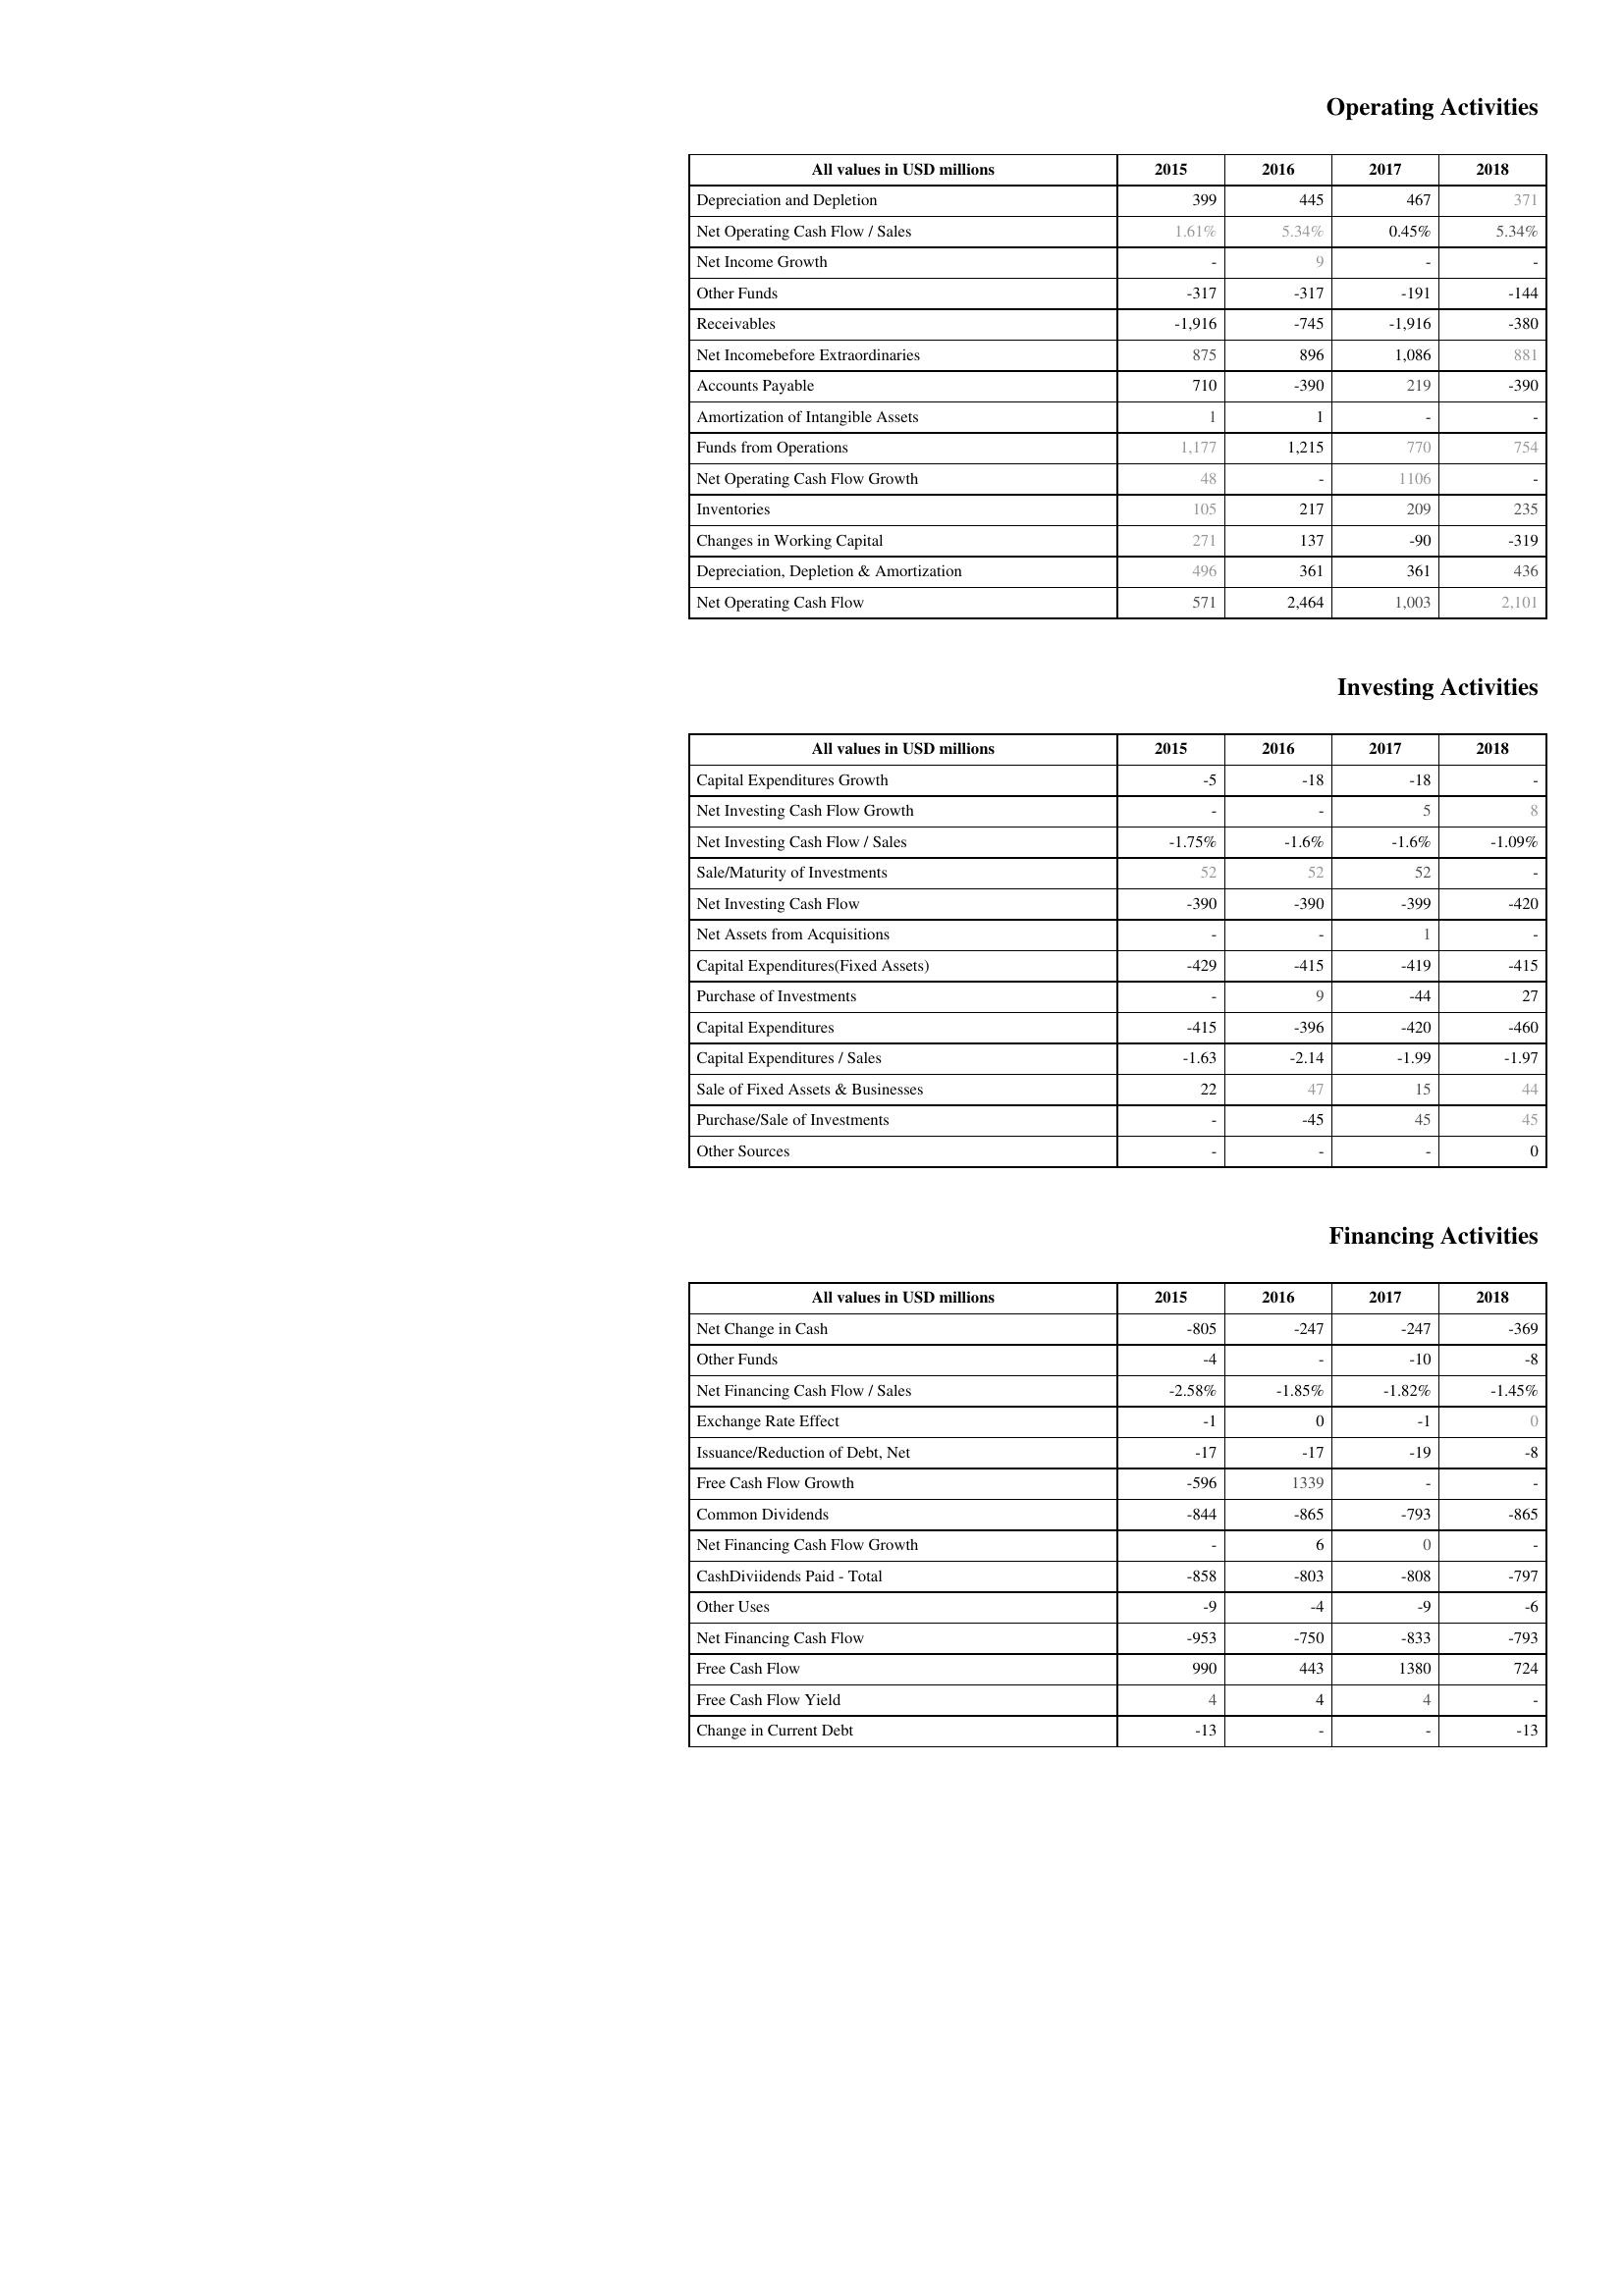
2015: Operating Activities: Depreciation and Depletion: 399
Net Operating Cash Flow / Sales: 1.61%
Net Income Growth: -
Other Funds: -317
Receivables: -1,916
Net Incomebefore Extraordinaries: 875
Accounts Payable: 710
Amortization of Intangible Assets: 1
Funds from Operations: 1,177
Net Operating Cash Flow Growth: 48
Inventories: 105
Changes in Working Capital: 271
Depreciation, Depletion & Amortization: 496
Net Operating Cash Flow: 571
Investing Activities: Capital Expenditures Growth: -5
Net Investing Cash Flow Growth: -
Net Investing Cash Flow / Sales: -1.75%
Sale/Maturity of Investments: 52
Net Investing Cash Flow: -390
Net Assets from Acquisitions: -
Capital Expenditures(Fixed Assets): -429
Purchase of Investments: -
Capital Expenditures: -415
Capital Expenditures / Sales: -1.63
Sale of Fixed Assets & Businesses: 22
Purchase/Sale of Investments: -
Other Sources: -
Financing Activities: Net Change in Cash: -805
Other Funds: -4
Net Financing Cash Flow / Sales: -2.58%
Exchange Rate Effect: -1
Issuance/Reduction of Debt, Net: -17
Free Cash Flow Growth: -596
Common Dividends: -844
Net Financing Cash Flow Growth: -
CashDiviidends Paid - Total: -858
Other Uses: -9
Net Financing Cash Flow: -953
Free Cash Flow: 990
Free Cash Flow Yield: 4
Change in Current Debt: -13
2016: Operating Activities: Depreciation and Depletion: 445
Net Operating Cash Flow / Sales: 5.34%
Net Income Growth: 9
Other Funds: -317
Receivables: -745
Net Incomebefore Extraordinaries: 896
Accounts Payable: -390
Amortization of Intangible Assets: 1
Funds from Operations: 1,215
Net Operating Cash Flow Growth: -
Inventories: 217
Changes in Working Capital: 137
Depreciation, Depletion & Amortization: 361
Net Operating Cash Flow: 2,464
Investing Activities: Capital Expenditures Growth: -18
Net Investing Cash Flow Growth: -
Net Investing Cash Flow / Sales: -1.6%
Sale/Maturity of Investments: 52
Net Investing Cash Flow: -390
Net Assets from Acquisitions: -
Capital Expenditures(Fixed Assets): -415
Purchase of Investments: 9
Capital Expenditures: -396
Capital Expenditures / Sales: -2.14
Sale of Fixed Assets & Businesses: 47
Purchase/Sale of Investments: -45
Other Sources: -
Financing Activities: Net Change in Cash: -247
Other Funds: -
Net Financing Cash Flow / Sales: -1.85%
Exchange Rate Effect: 0
Issuance/Reduction of Debt, Net: -17
Free Cash Flow Growth: 1339
Common Dividends: -865
Net Financing Cash Flow Growth: 6
CashDiviidends Paid - Total: -803
Other Uses: -4
Net Financing Cash Flow: -750
Free Cash Flow: 443
Free Cash Flow Yield: 4
Change in Current Debt: -
2017: Operating Activities: Depreciation and Depletion: 467
Net Operating Cash Flow / Sales: 0.45%
Net Income Growth: -
Other Funds: -191
Receivables: -1,916
Net Incomebefore Extraordinaries: 1,086
Accounts Payable: 219
Amortization of Intangible Assets: -
Funds from Operations: 770
Net Operating Cash Flow Growth: 1106
Inventories: 209
Changes in Working Capital: -90
Depreciation, Depletion & Amortization: 361
Net Operating Cash Flow: 1,003
Investing Activities: Capital Expenditures Growth: -18
Net Investing Cash Flow Growth: 5
Net Investing Cash Flow / Sales: -1.6%
Sale/Maturity of Investments: 52
Net Investing Cash Flow: -399
Net Assets from Acquisitions: 1
Capital Expenditures(Fixed Assets): -419
Purchase of Investments: -44
Capital Expenditures: -420
Capital Expenditures / Sales: -1.99
Sale of Fixed Assets & Businesses: 15
Purchase/Sale of Investments: 45
Other Sources: -
Financing Activities: Net Change in Cash: -247
Other Funds: -10
Net Financing Cash Flow / Sales: -1.82%
Exchange Rate Effect: -1
Issuance/Reduction of Debt, Net: -19
Free Cash Flow Growth: -
Common Dividends: -793
Net Financing Cash Flow Growth: 0
CashDiviidends Paid - Total: -808
Other Uses: -9
Net Financing Cash Flow: -833
Free Cash Flow: 1380
Free Cash Flow Yield: 4
Change in Current Debt: -
2018: Operating Activities: Depreciation and Depletion: 371
Net Operating Cash Flow / Sales: 5.34%
Net Income Growth: -
Other Funds: -144
Receivables: -380
Net Incomebefore Extraordinaries: 881
Accounts Payable: -390
Amortization of Intangible Assets: -
Funds from Operations: 754
Net Operating Cash Flow Growth: -
Inventories: 235
Changes in Working Capital: -319
Depreciation, Depletion & Amortization: 436
Net Operating Cash Flow: 2,101
Investing Activities: Capital Expenditures Growth: -
Net Investing Cash Flow Growth: 8
Net Investing Cash Flow / Sales: -1.09%
Sale/Maturity of Investments: -
Net Investing Cash Flow: -420
Net Assets from Acquisitions: -
Capital Expenditures(Fixed Assets): -415
Purchase of Investments: 27
Capital Expenditures: -460
Capital Expenditures / Sales: -1.97
Sale of Fixed Assets & Businesses: 44
Purchase/Sale of Investments: 45
Other Sources: 0
Financing Activities: Net Change in Cash: -369
Other Funds: -8
Net Financing Cash Flow / Sales: -1.45%
Exchange Rate Effect: 0
Issuance/Reduction of Debt, Net: -8
Free Cash Flow Growth: -
Common Dividends: -865
Net Financing Cash Flow Growth: -
CashDiviidends Paid - Total: -797
Other Uses: -6
Net Financing Cash Flow: -793
Free Cash Flow: 724
Free Cash Flow Yield: -
Change in Current Debt: -13